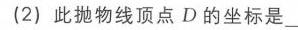
(2) 此抛物线顶点\(D\)的坐标是\_